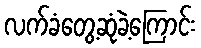
လက်ခံတွေ့ဆုံခဲ့ကြောင်း